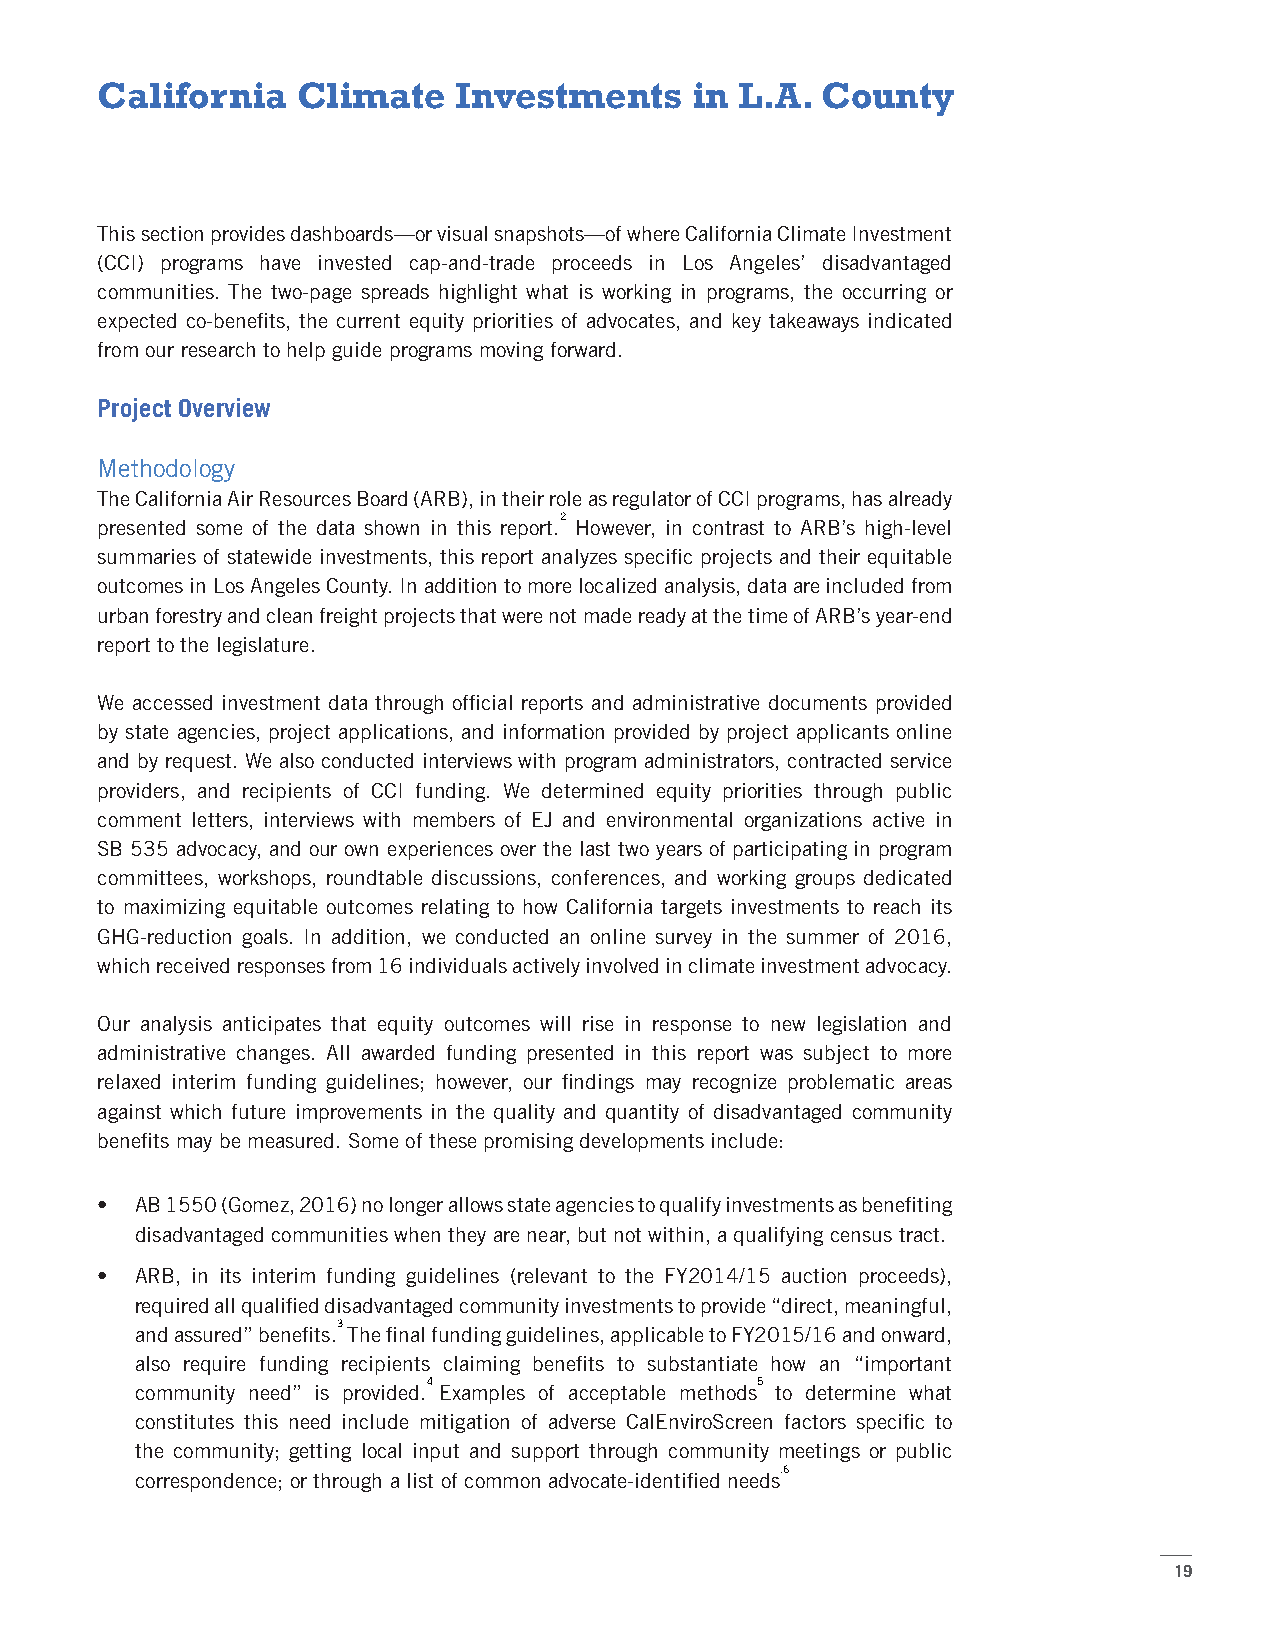
California    Climate   Investments     in L.A. County
 This section provides dashboards—or visual snapshots—of where California Climate Investment
 (CCI) programs have invested cap-and-trade proceeds in Los Angeles’ disadvantaged
 communities. The two-page spreads highlight what is working in programs, the occurring or
 expected co-benefits, the current equity priorities of advocates, and key takeaways indicated
 from our research to help guide programs moving forward.
 Project Overview
 Methodology
 The California Air Resources Board (ARB), in their role as regulator of CCI programs, has already
 2
 presented some of the data shown in this report. However, in contrast to ARB’s high-level
 summaries of statewide investments, this report analyzes specific projects and their equitable
 outcomes in Los Angeles County. In addition to more localized analysis, data are included from
 urban forestry and clean freight projects that were not made ready at the time of ARB’s year-end
 report to the legislature.
 We accessed investment data through official reports and administrative documents provided
 by state agencies, project applications, and information provided by project applicants online
 and by request. We also conducted interviews with program administrators, contracted service
 providers, and recipients of CCI funding. We determined equity priorities through public
 comment letters, interviews with members of EJ and environmental organizations active in
 SB 535 advocacy, and our own experiences over the last two years of participating in program
 committees, workshops, roundtable discussions, conferences, and working groups dedicated
 to maximizing equitable outcomes relating to how California targets investments to reach its
 GHG-reduction goals. In addition, we conducted an online survey in the summer of 2016,
 which received responses from 16 individuals actively involved in climate investment advocacy.
 Our analysis anticipates that equity outcomes will rise in response to new legislation and
 administrative changes. All awarded funding presented in this report was subject to more
 relaxed interim funding guidelines; however, our findings may recognize problematic areas
 against which future improvements in the quality and quantity of disadvantaged community
 benefits may be measured. Some of these promising developments include:
 •  AB 1550 (Gomez, 2016) no longer allows state agencies to qualify investments as benefiting
 disadvantaged communities when they are near, but not within, a qualifying census tract.
 •  ARB, in its interim funding guidelines (relevant to the FY2014/15 auction proceeds),
 required all qualified disadvantaged community investments to provide “direct, meaningful,
 3
 and assured” benefits. The final funding guidelines, applicable to FY2015/16 and onward,
 also require funding recipients claiming benefits to substantiate how an “important
 4                     5
 community need” is provided. Examples of acceptable methods to determine what
 constitutes this need include mitigation of adverse CalEnviroScreen factors specific to
 the community; getting local input and support through community meetings or public
 .6
 correspondence; or through a list of common advocate-identified needs
 19